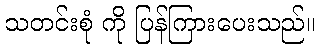
သတင်းစုံ ကို ပြန်ကြားပေးသည်။